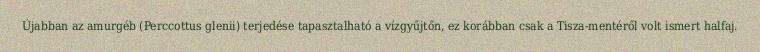
Újabban az amurgéb (Perccottus glenii) terjedése tapasztalható a vízgyűjtőn, ez korábban csak a Tisza-mentéről volt ismert halfaj.